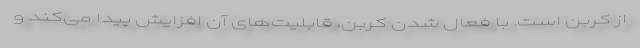
از کربن است. با فعال شدن کربن، قابلیت‌های آن افزایش پیدا می‌کند و